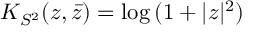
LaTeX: K _ { S ^ { 2 } } ( z , \bar { z } ) = \mathrm { l o g } \, ( 1 + | z | ^ { 2 } )